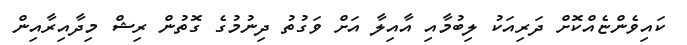
ކައިވެންޏެއްކޮށް ދަރިއަކު ލިބުމާއި އާއިލާ އަށް ވަގުތު ދިނުމުގެ ގޮތުން ރިޝް މިދާއިރާއިން